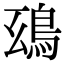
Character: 𩿒